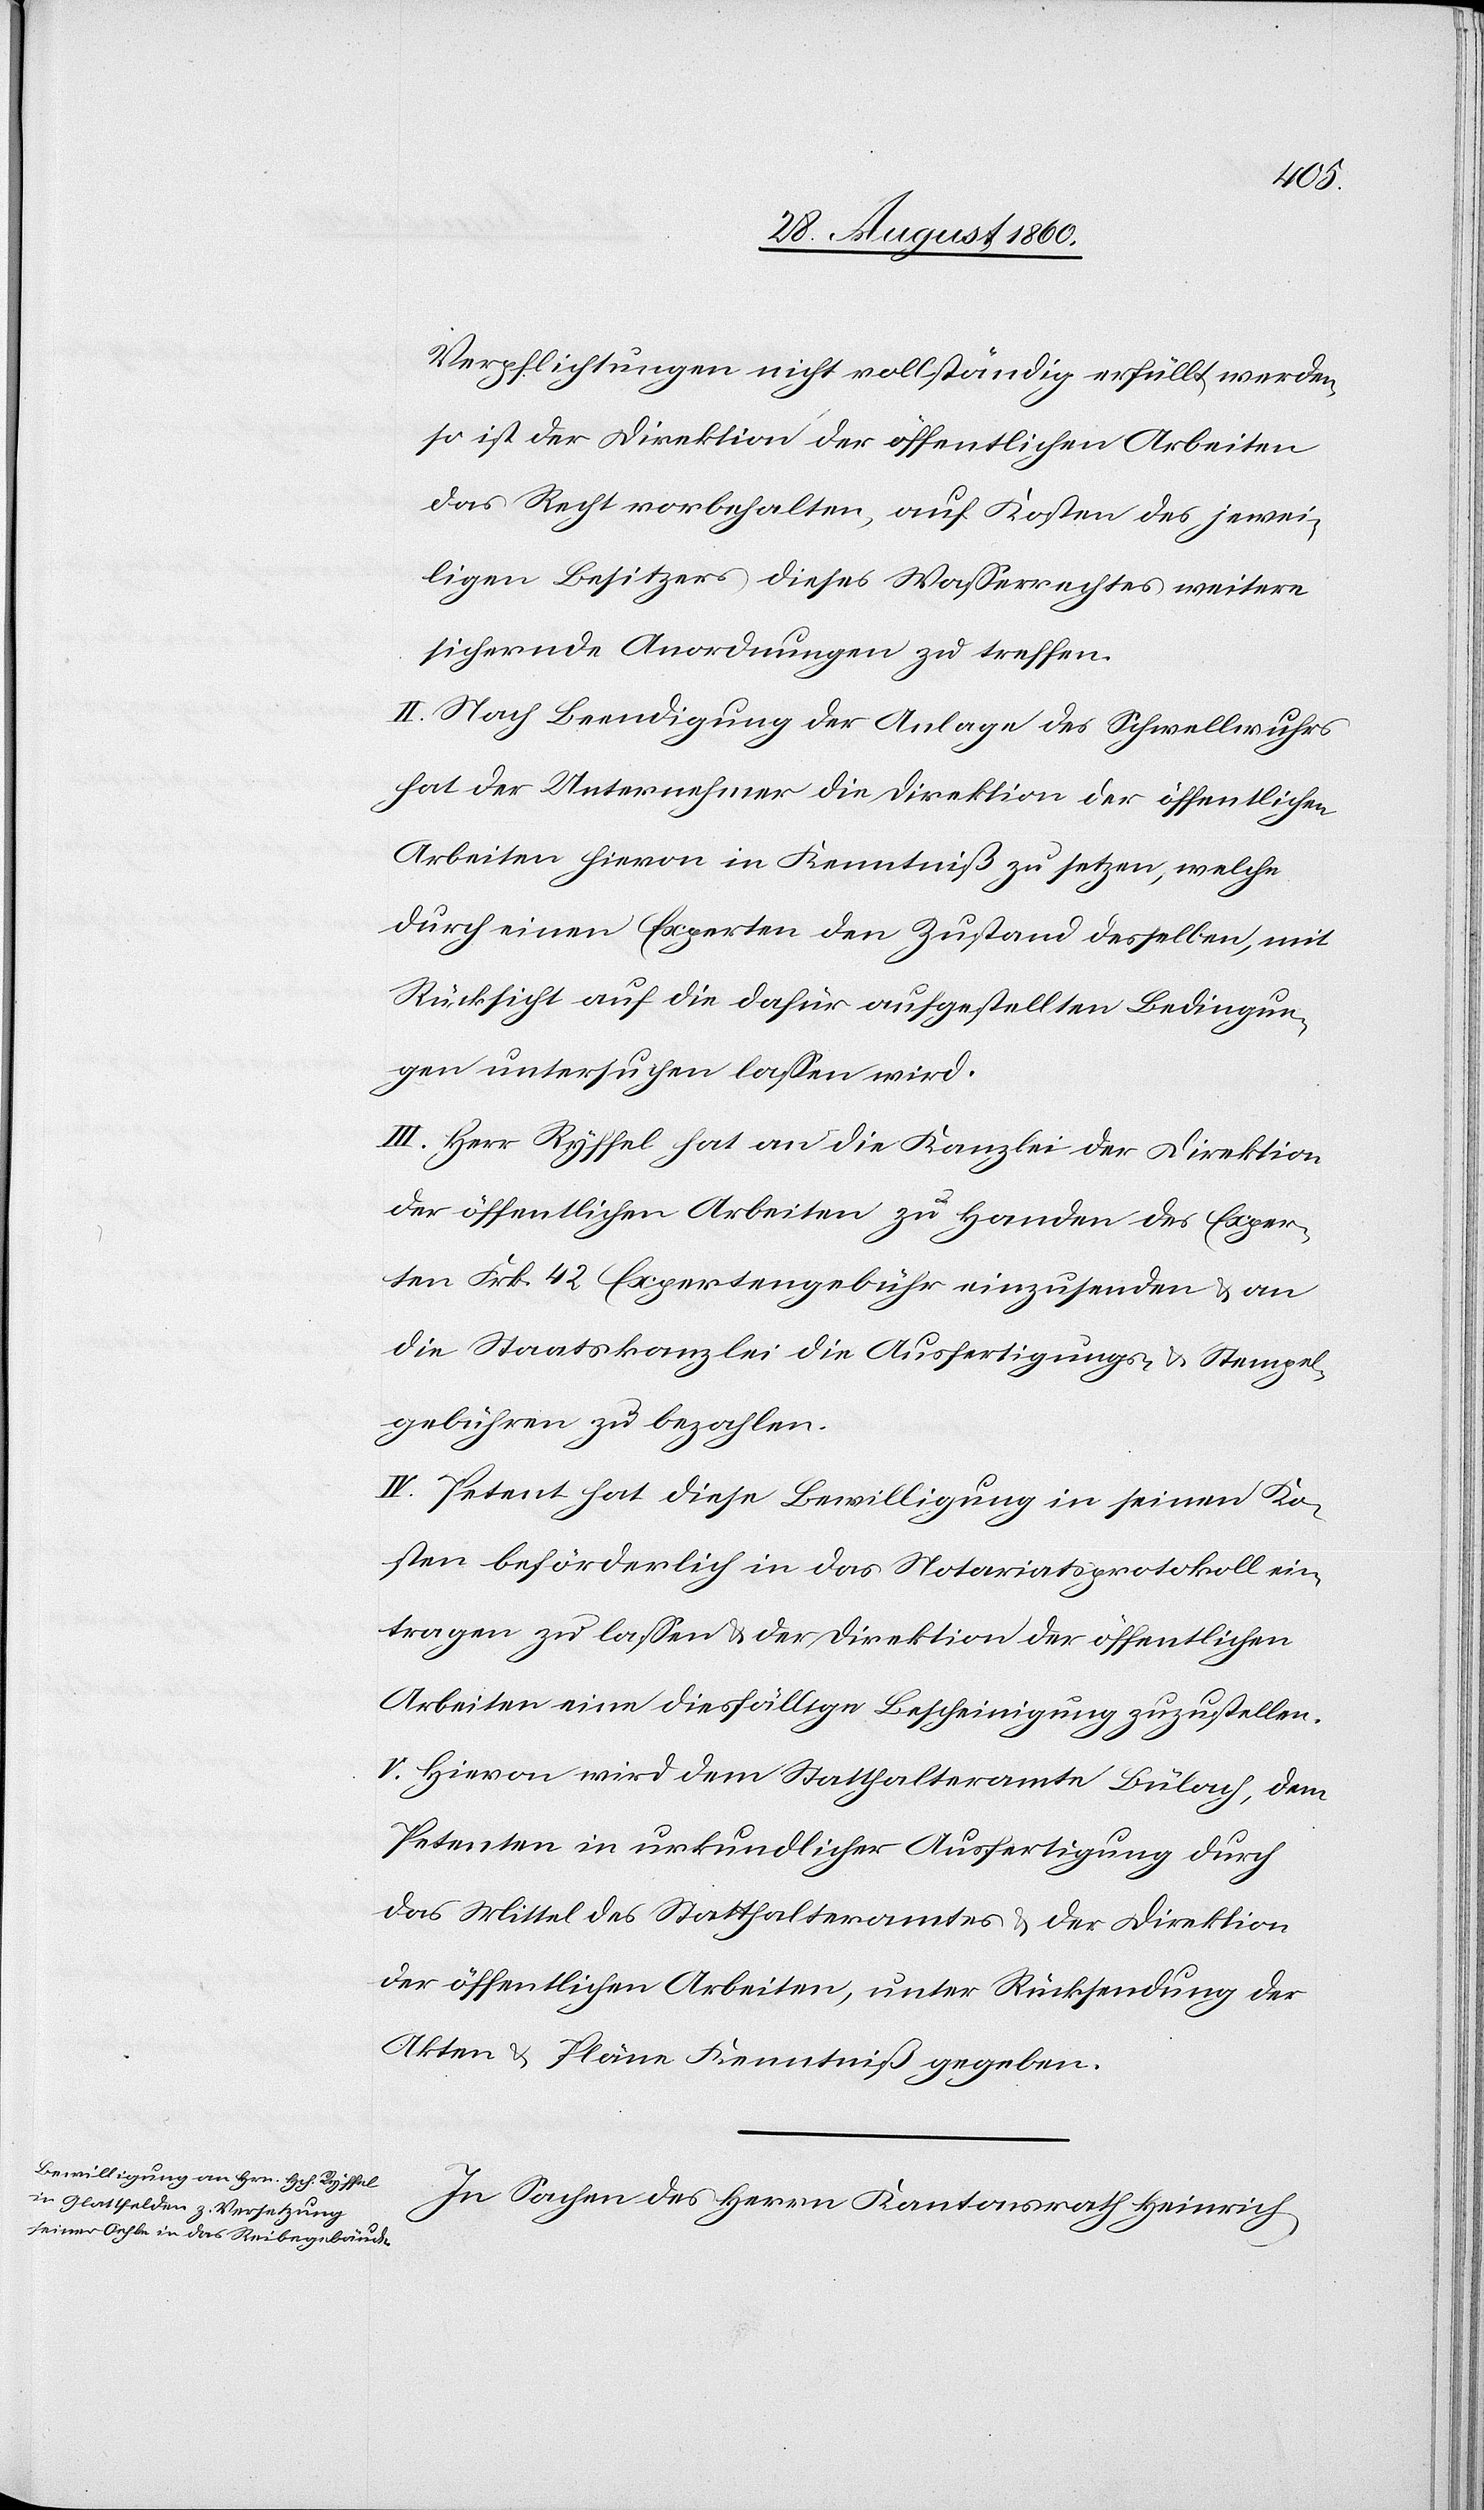
Verpflichtungen nicht vollständig erfüllt werden,
so ist der Direktion der öffentlichen Arbeiten
das Recht vorbehalten, auf Kosten des jewei¬
ligen Besitzers dieses Wasserrechtes weitere
sichernde Anordnungen zu treffen.
II. Nach Beendigung der Anlage des Schwellwuhrs
hat der Unternehmer die Direktion der öffentlichen
Arbeiten hievon in Kenntniss zu setzen, welche
durch einen Experten den Zustand desselben, mit
Rücksicht auf die dafür aufgestellten Bedingun¬
gen untersuchen lassen wird.
III. Hr. Ryffel hat an die Kanzlei der Direktion
der öffentlichen Arbeiten zu Handen des Exper¬
ten Frk. 42 Expertengebühr einzusenden u. an
die Staatskanzlei die Ausfertigungs- u. Stempel¬
gebühren zu bezahlen.
IV. Petent hat diese Bewilligung in seinen Ko¬
sten beförderlich in das Notariatsprotokoll ein¬
tragen zu lassen und der Direktion der öffentlichen
Arbeiten eine diesfällige Bescheinigung zuzustellen.
V. Hievon wird dem Statthalteramte Bülach, dem
Petenten in urkundlicher Ausfertigung durch
das Mittel des Statthalteramtes u. der Direktion
der öffentlichen Arbeiten, unter Rückstellung der
Akten u. der Pläne Kenntniss gegeben.
In Sachen des Herrn Kantonsrath Heinrich